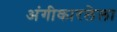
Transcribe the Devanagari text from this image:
अंगीकारलेला